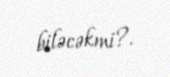
biləcəkmi?.